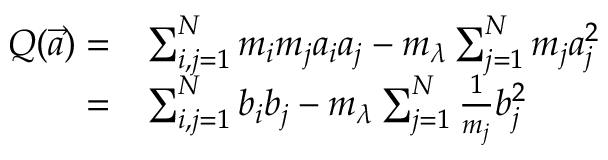
\begin{array} { r l } { Q ( \vec { a } ) = } & { \sum _ { i , j = 1 } ^ { N } m _ { i } m _ { j } a _ { i } a _ { j } - m _ { \lambda } \sum _ { j = 1 } ^ { N } m _ { j } a _ { j } ^ { 2 } } \\ { = } & { \sum _ { i , j = 1 } ^ { N } b _ { i } b _ { j } - m _ { \lambda } \sum _ { j = 1 } ^ { N } \frac { 1 } { m _ { j } } b _ { j } ^ { 2 } } \end{array}